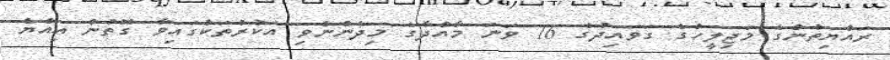
ރައްޔިތުންގެ މަޖިލީހުގެ ގަވައިދުގެ 16 ވަނަ މާއްދާގެ މިދެންނެވި އަކުރުތަކުގައިވާ ގޮތުން އިއްޔެ